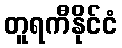
တူရကီနိုင်ငံ